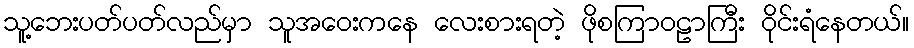
သူ့ဘေးပတ်ပတ်လည်မှာ သူအဝေးကနေ လေးစားရတဲ့ ဖိုစကြာဝဠာကြီး ဝိုင်းရံနေတယ်။